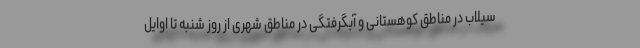
سیلاب در مناطق کوهستانی و آبگرفتگی در مناطق شهری از روز شنبه تا اوایل